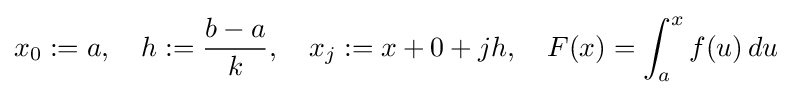
x_{0}:=a,\quad h:={\frac {b-a}{k}},\quad x_{j}:=x+0+jh,\quad F(x)=\int _{a}^{x}f(u)\,du